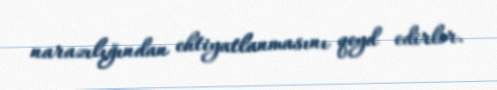
narazılığından ehtiyatlanmasını qeyd edirlər.